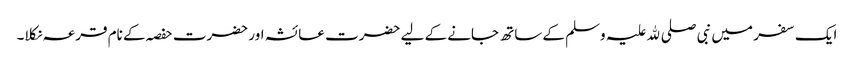
ایک سفر میں نبی صلی ﷲ علیہ وسلم کے ساتھ جانے کے لیے حضرت عائشہ اور حضرت حفصہ کے نام قرعہ نکلا۔